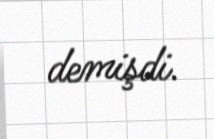
demişdi.